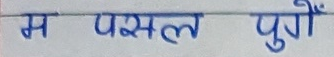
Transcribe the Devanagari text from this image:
म फसल पुगूँ